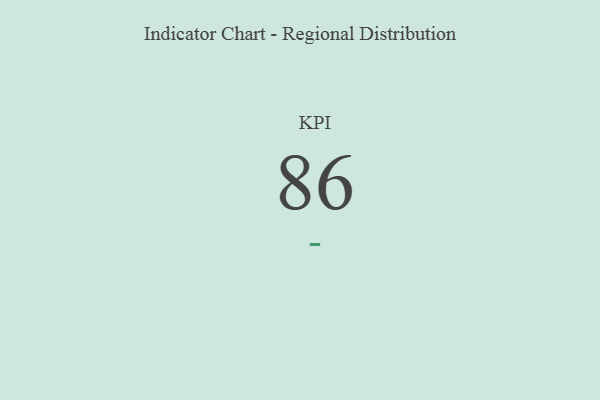
{"axis": {"x": "KPI", "y": "Value"}, "legend": [""], "data": [{"x": "KPI", "y": 86, "type": ""}]}